Senior Leaving Certificate Examination (including Day School Certificate (Higher) General paper), 1950
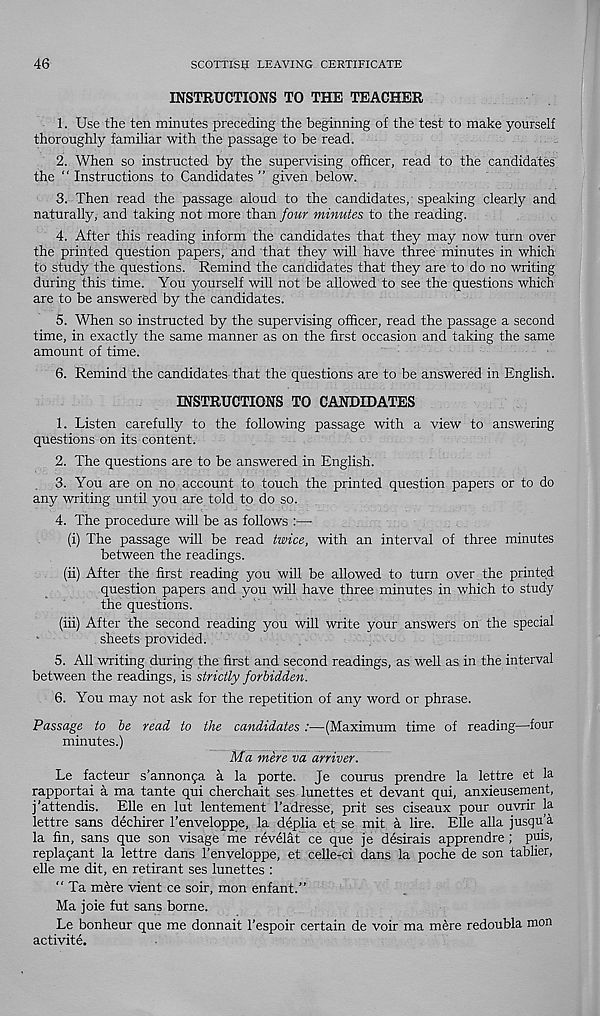
46
SCOTTISH LEAVING CERTIFICATE
INSTRUCTIONS TO THE TEACHER
1. Use the ten minutes preceding the beginning of the test to make yourself
thoroughly familiar with the passage to be read.
2. When so instructed by the supervising officer, read to the candidates
the “Instructions to Candidates’’ given below.
3. Then read the passage aloud to the candidates, speaking clearly and
naturally, and taking not more than four minutes to the reading.
4. After this reading inform the candidates that they may now turn over
the printed question papers/and that they will have three minutes in which
to study the questions. Remind the candidates that they are to do no writing
during this time. You yourself will not be allowed to see the questions which
are to be answered by the candidates.
5. When so instructed by the supervising officer, read the passage a second
time, in exactly the same manner as on the first occasion and taking the same
amount of time.
6. Remind the candidates that the questions are to be answered in English.
INSTRUCTIONS TO CANDIDATES
1. Listen carefully to the following passage with a view to answering
questions on its content.
2. The questions are to be answered in English.
3. You are on no account to touch the printed question papers or to do
any writing until you are told to do so.
4. The procedure will be as follows
(i) The passage will be read twice, with an interval of three minutes
between the readings.
(ii) After the first reading you will be allowed to turn over the printed
question papers and you will have three minutes in which to study
the questions.
(iii) After the second reading you will write your answers on the special
sheets provided.
5. All writing during the first and second readings, as well as in the interval
between the readings, is strictly forbidden.
6. You may not ask for the repetition of any word or phrase.
Passage to be read to the candidates :—(Maximum time of reading—-four
minutes.)
Ma mere va arriver.
Le facteur s’annonga a la porte. Je courus prendre la lettre et la
rapportai a ma tante qui cherchait ses lunettes et devant qui, anxieusement,
j'attendis. Elle en lut lentement I’adresse, prit ses ciseaux pour ouvrir la
lettre sans dechirer 1’enveloppe, la deplia et se mit a lire. EUe alia jusqu'a
la fin, sans que son visage me revelat ce que je desirais apprendre ; puis,
replagant la lettre dans 1’enveloppe, et celle-ci dans la poche de son tablier,
elle me dit, en retirant ses lunettes :
“ Ta mere vient ce soir, mon enfant.’’
Ma joie fut sans borne.
Le bonheur que me donnait 1'espoir certain de voir ma mere redoubla mon
activite.